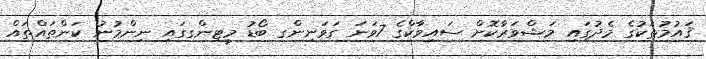
ޤައުމުތަކުގެ މެދުގައި މަޝްވަރާކޮށް ސައިވާކްގެ 7ވަނަ ގަވަނިންގ ބޯޑު މީޓިންގގައި ނިންމުނު ކަންތައްތައް